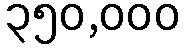
၃၅၀,၀၀၀